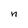
Character: n